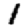
Digit: 1